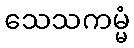
သေသကမ္မံ